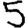
Digit: 5